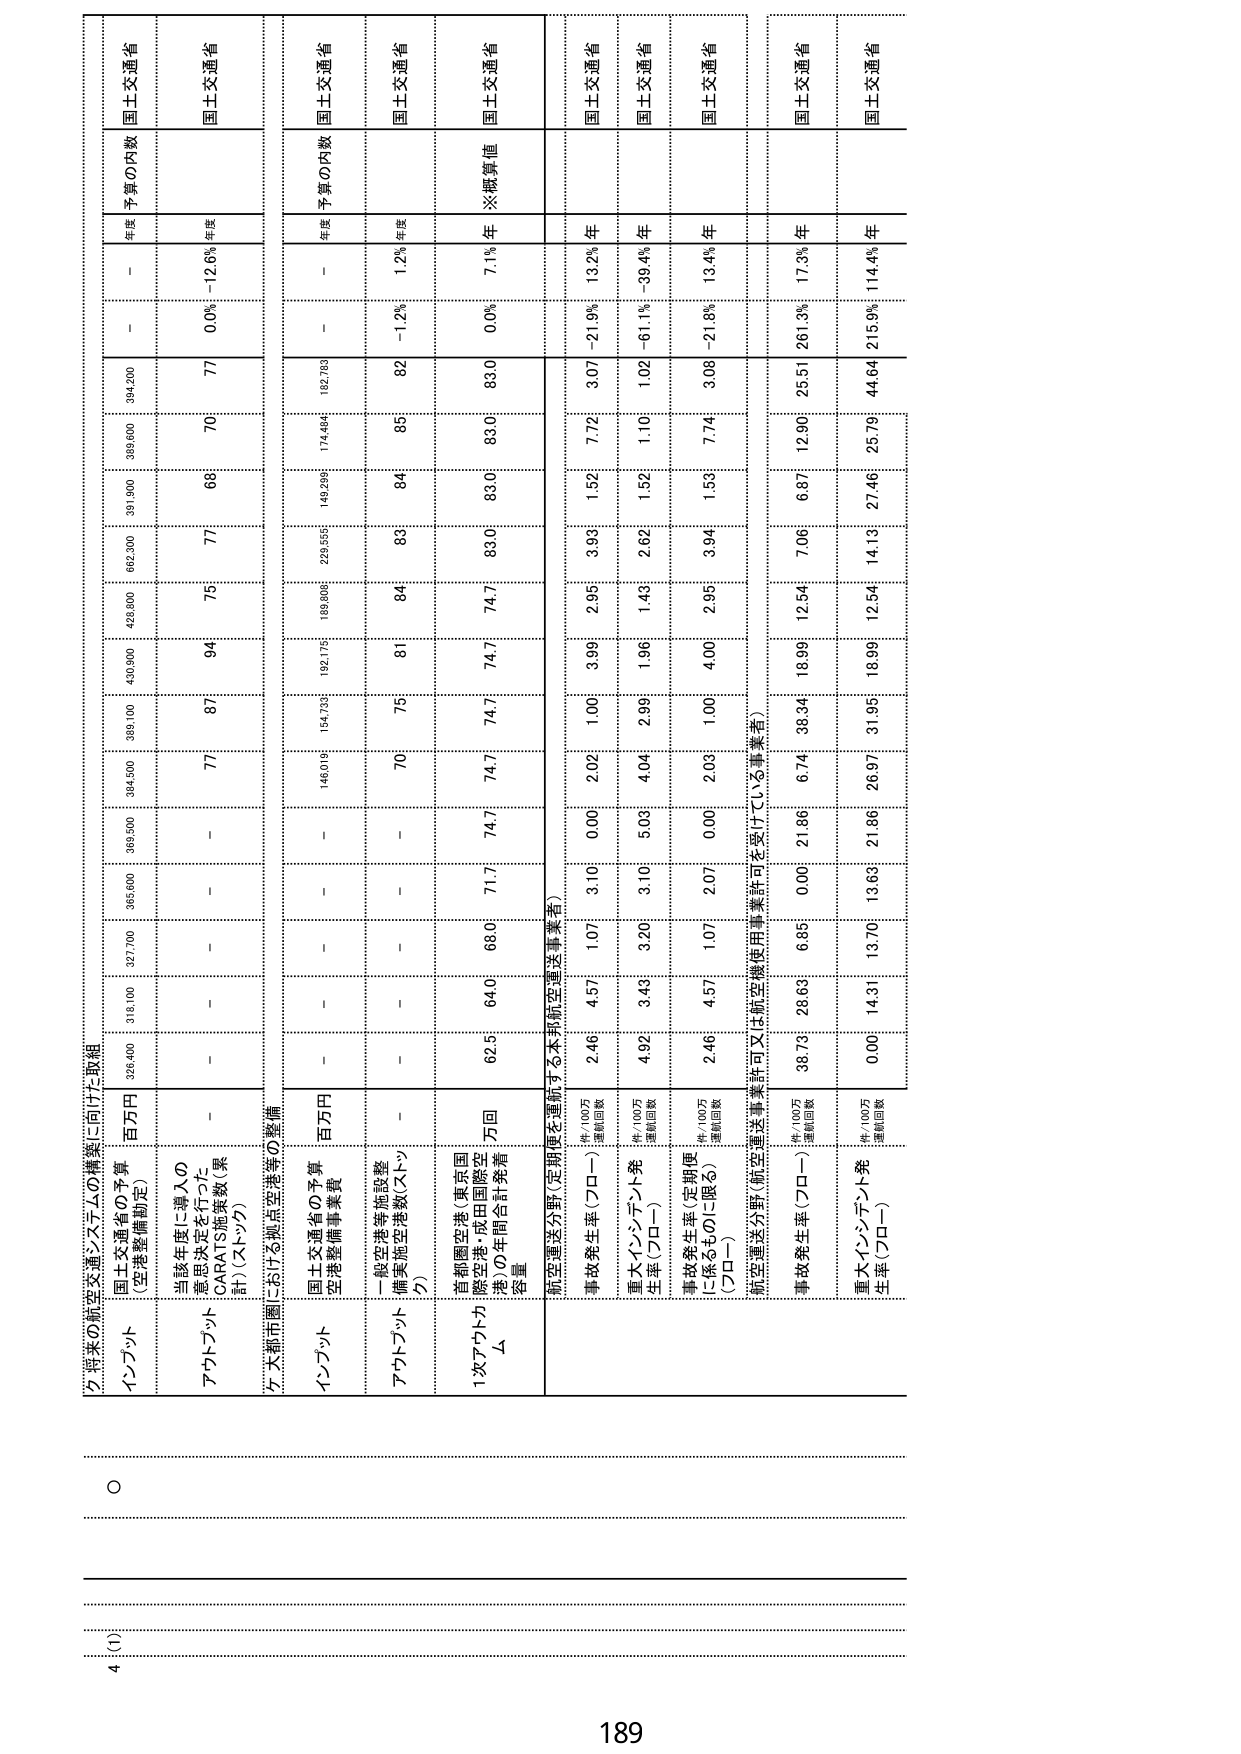
4 (1)
○

2. 将来の航空交通システムの構築に向けた取組

インプット
国土交通省の予算
（空港整備補助）
百万円
329,400
318,100
327,700
365,600
369,500
384,500
399,100
430,900
428,800
462,300
391,900
389,600
394,200
－
－
－
年度
予算の内数
国土交通省

アウトプット
当該年度に導入の
意思決定を行った
CARATS施策数（累計）（ストック）
－
－
－
－
－
77
87
94
75
77
69
70
77
0.0%
－12.6%
年度
予算の内数
国土交通省

3. 大都市圏における拠点空港等の整備

インプット
国土交通省の予算
空港整備事業費
百万円
－
－
－
－
146,019
154,739
192,175
189,806
229,555
149,299
174,484
182,783
－
－
－
年度
予算の内数
国土交通省

アウトプット
一般空港施設整備実施空港数（ストック）
－
－
－
－
－
70
75
81
84
83
85
82
－1.2%
1.2%
年度
予算の内数
国土交通省

1次アウトプット
首都圏空港（東京国際空港・成田国際空港）の年間合計発着容量
万回
62.5
64.0
68.0
71.7
74.7
74.7
74.7
74.7
83.0
83.0
83.0
83.0
0.0%
7.1%
※概算値
年度
予算の内数
国土交通省

航空運送分野（定期便を運航する本邦航空運送事業者）

事故発生率（プロー）
件/100万運航回数
2.46
4.57
1.07
3.10
0.00
2.02
1.00
3.99
2.95
3.93
1.52
7.72
3.07
－21.9%
13.2%
年
国土交通省

重大インシデント発生率（プロー）
件/100万運航回数
4.92
3.43
3.20
3.10
5.03
4.04
2.99
1.96
1.49
2.62
1.52
1.10
1.02
－61.1%
－39.4%
年
国土交通省

事故発生率（定期便に係るものに限る）（プロー）
件/100万運航回数
2.46
4.57
1.07
2.07
0.00
2.03
1.00
4.00
2.95
3.94
1.53
7.74
3.08
－21.8%
13.4%
年
国土交通省

航空運送分野（航空運送事業許可又は航空機使用事業許可を受けている事業者）

事故発生率（プロー）
件/100万運航回数
38.73
28.63
6.85
0.00
21.86
6.74
38.34
18.99
12.54
7.06
6.87
12.90
25.51
261.3%
17.3%
年
国土交通省

重大インシデント発生率（プロー）
件/100万運航回数
0.00
14.31
13.70
13.63
21.86
26.97
31.95
18.99
12.54
14.13
27.46
25.79
44.64
215.9%
114.4%
年
国土交通省

189